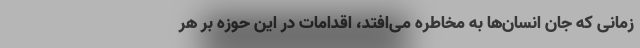
زمانی که جان انسان‌ها به مخاطره می‌افتد، اقدامات در این حوزه بر هر